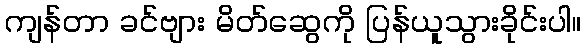
ကျန်တာ ခင်ဗျား မိတ်ဆွေကို ပြန်ယူသွားခိုင်းပါ။